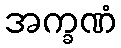
အက္ခဏံ